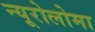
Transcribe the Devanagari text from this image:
न्यूरोलोमा